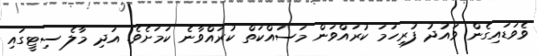
ވެވަޑައިގެން ވައުދު ފުރިހަމަ ކުރައްވަން މަސައްކަތް ކުރައްވާނެ ކަމަށެވެ. އަދި މާލެ ސިޓީގައި